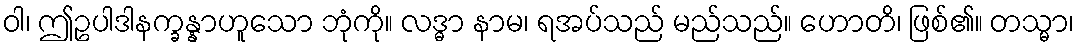
ဝါ၊ ဤဥပါဒါနက္ခန္နာဟူသော ဘုံကို။ လဒ္ဓာ နာမ၊ ရအပ်သည် မည်သည်။ ဟောတိ၊ ဖြစ်၏။ တသ္မာ၊